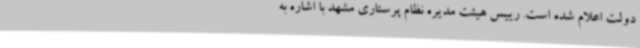
دولت اعلام شده است. رییس هیئت مدیره نظام پرستاری مشهد با اشاره به